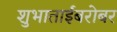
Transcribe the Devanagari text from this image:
शुभाताईंबरोबर